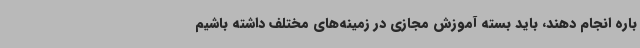
باره انجام دهند، باید بسته آموزش مجازی در زمینه‌های مختلف داشته باشیم